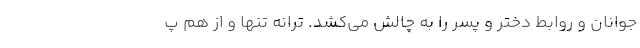
جوانان و روابط دختر و پسر را به چالش مي‌کشد. ترانه تنها و از هم پ